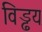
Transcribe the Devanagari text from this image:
विड्ढय